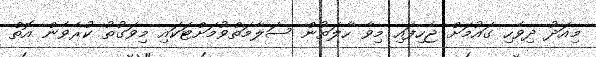
މިއަދު ދިވެހި ގައުމަށް ޖެހިފައި މިވާ ހާލަތުން ސަލާމަތްވުމަށްޓަކައި މިވަގުތު ކުރެވެން އޮތް